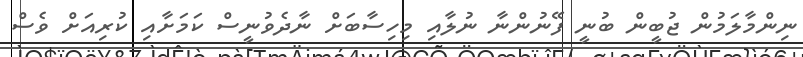
ނިންމާލަމުން ޖުބީން ބުނީ ފޭނުންނާ ނުލާއި މިހިސާބަށް ނާދެވުނީސް ކަމަށާއި ކުރިއަށް ވެސް